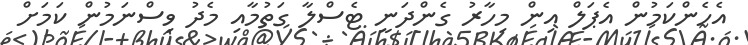
އެހެންކަމުން އެޕަލް އިން މިހާރު ގެންދަނީ ޓެސްލާ ގަތުމާއި މެދު ވިސްނަމުން ކަމަށް